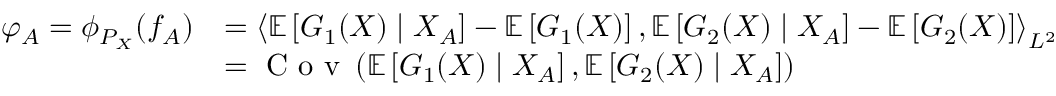
\begin{array} { r l } { \varphi _ { A } = \phi _ { P _ { X } } ( f _ { A } ) } & { = \left\langle \mathbb { E } \left[ G _ { 1 } ( X ) \mid X _ { A } \right] - \mathbb { E } \left[ G _ { 1 } ( X ) \right] , \mathbb { E } \left[ G _ { 2 } ( X ) \mid X _ { A } \right] - \mathbb { E } \left[ G _ { 2 } ( X ) \right] \right\rangle _ { L ^ { 2 } } } \\ & { = { \normalfont \textrm { C o v } } \left( \mathbb { E } \left[ G _ { 1 } ( X ) \mid X _ { A } \right] , \mathbb { E } \left[ G _ { 2 } ( X ) \mid X _ { A } \right] \right) } \end{array}